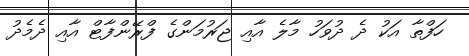
ހަފްތާ އަކު ދެ ދުވަހު މާލެ އާއި ޖަރުމަންގެ ފްރޭންފާޓް އާއި ދެމެދު